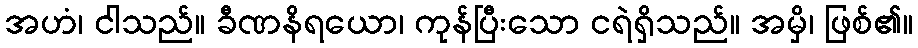
အဟံ၊ ငါသည်။ ခီဏနိရယော၊ ကုန်ပြီးသော ငရဲရှိသည်။ အမှိ၊ ဖြစ်၏။